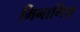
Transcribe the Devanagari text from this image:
मिनागिश